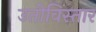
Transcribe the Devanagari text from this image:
उतीविस्तार